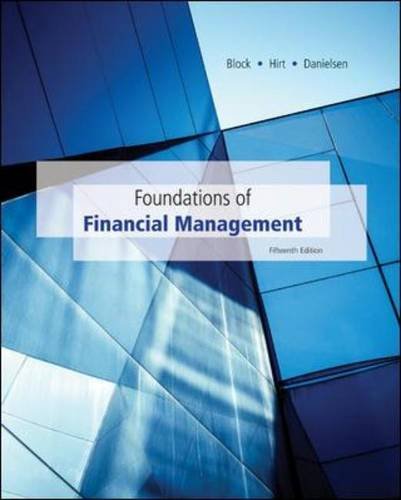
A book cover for Foundations of Financial Management with Time Value of Money card (The Mcgraw-Hill / Irwin Series in Finance, Insurance, and Real Estate); Stanley Block; Business & Money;